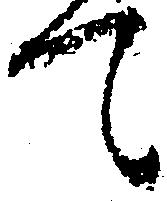
て